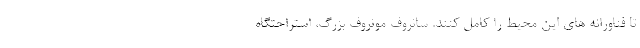
تا فناورانه های این محیط را کامل کنند. سانروف مونروف بزرگ، استراحتگاه